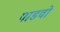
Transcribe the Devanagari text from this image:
पाडवो